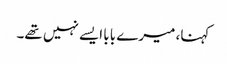
کہنا، میرے بابا ایسے نہیں تھے۔